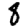
Digit: 8